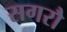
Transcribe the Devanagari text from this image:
सगरौ